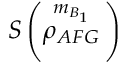
S \left( \overset { { { m } _ { B _ { 1 } } } } { \mathop { { { \rho } _ { A F G } } } } \, \right)